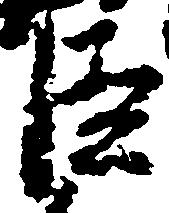
臣